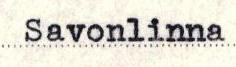
Savonlinna